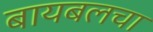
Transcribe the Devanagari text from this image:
बायबलचा